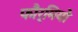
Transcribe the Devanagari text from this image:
फौर्मियो